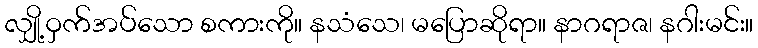
လျှို့ဝှက်အပ်သော စကားကို။ နသံသေ၊ မပြောဆိုရာ။ နာဂရာဇ၊ နဂါးမင်း။